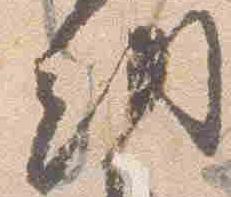
納